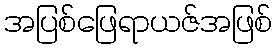
အပြစ်ဖြေရာယဇ်အဖြစ်